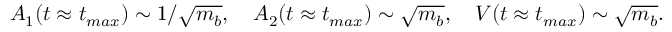
A _ { 1 } ( t \approx t _ { m a x } ) \sim 1 / \sqrt { m _ { b } } , \quad A _ { 2 } ( t \approx t _ { m a x } ) \sim \sqrt { m _ { b } } , \quad V ( t \approx t _ { m a x } ) \sim \sqrt { m _ { b } } .